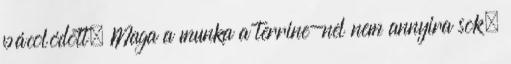
pácolódott. Maga a munka a terrine-nel nem annyira sok,